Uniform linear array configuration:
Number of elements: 24
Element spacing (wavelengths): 0.5
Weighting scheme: kaiser
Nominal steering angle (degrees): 60
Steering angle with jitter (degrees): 60.93
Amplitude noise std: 0.05
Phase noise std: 0.05

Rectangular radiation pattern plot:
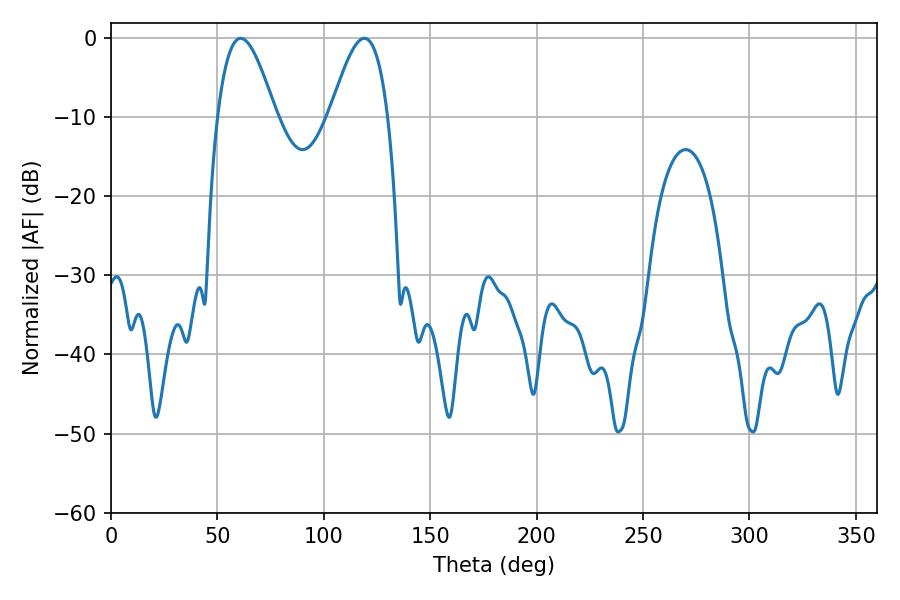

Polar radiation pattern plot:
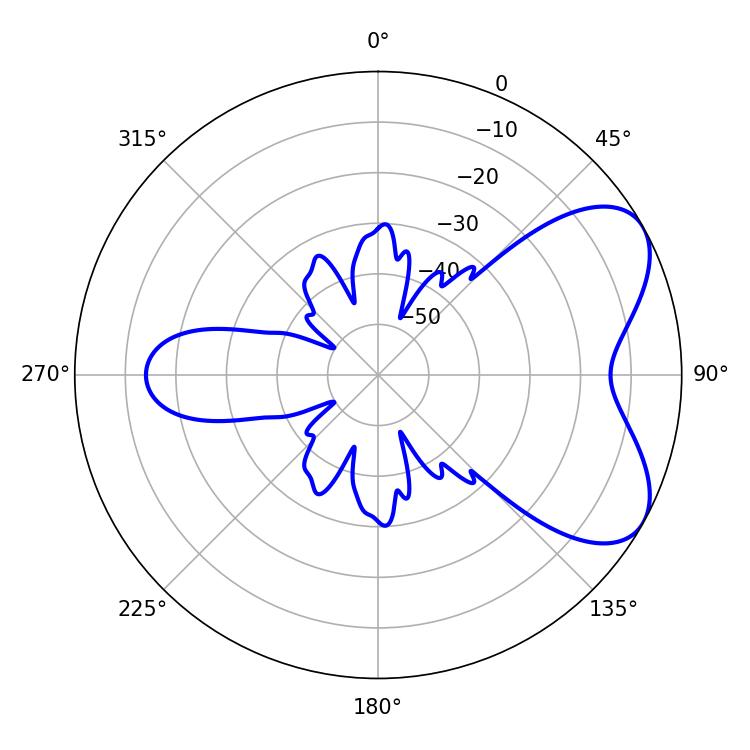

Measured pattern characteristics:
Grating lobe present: FALSE
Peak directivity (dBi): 6.045
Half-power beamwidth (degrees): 14.58
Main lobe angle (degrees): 61.02